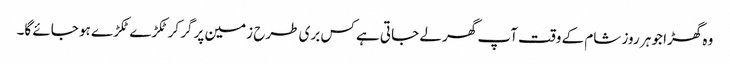
وہ گھڑا جو ہر روز شام کے وقت آپ گھر لے جاتی ہے کس بری طرح زمین پر گر کر ٹکڑے ٹکڑے ہو جائے گا۔